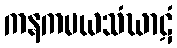
ကနကမယသံဃာဋံ